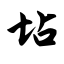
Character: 坫